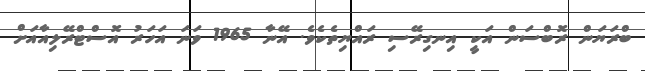
ބްރަޔަން ރޮބްސަން އަކީ އިނގިރޭސި ރައްޔިތެކެވެ. އޭނާ 1965 ވަނަ އަހަރު އޮސްޓްރޭލިއާއަށް